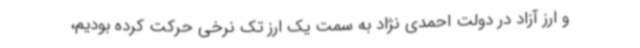
و ارز آزاد در دولت احمدی نژاد به سمت یک ارز تک نرخی حرکت کرده بودیم،